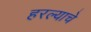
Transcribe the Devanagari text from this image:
हरल्याचे